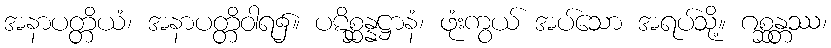
အနာပတ္တိယံ၊ အနာပတ္တိဝါရ၌။ ပဋိစ္ဆန္နဋ္ဌာနံ၊ ဖုံးကွယ် အပ်သော အရပ်သို့။ ဂစ္ဆန္တဿ၊